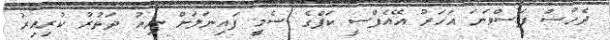
ދެހާސް ފަސްވަނަ އަހަރު އޭއެފްސީ ކަޕްގެ ސެމީ ފައިނަލަށް ނިއު ދަތުރު ކުރިއިރު